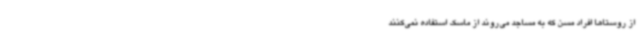
از روستاها افراد مسن که به مساجد می‌روند از ماسک استفاده نمی‌کنند